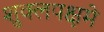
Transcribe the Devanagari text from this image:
शुक्लपक्षमे